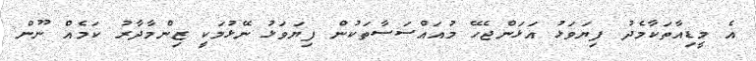
އެ މީޑިއާތަކާމެދު ފިޔަވަޅު އަޅަންޖެހޭ މުއައްސަސާތަކުން ފިޔަވަޅު ނޭޅުމަކީ ޒިންމާދާރު ކަމެއް ނޫން